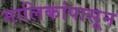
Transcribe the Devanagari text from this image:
मालिकांपासून